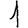
Digit: 1